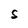
Character: S